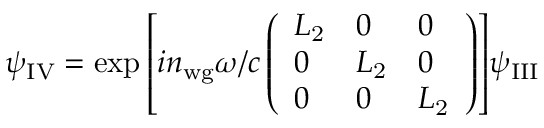
\psi _ { \mathrm { I V } } = \exp { \left[ i n _ { \mathrm { w g } } \omega / c \left( \begin{array} { l l l } { L _ { \mathrm { 2 } } } & { 0 } & { 0 } \\ { 0 } & { L _ { \mathrm { 2 } } } & { 0 } \\ { 0 } & { 0 } & { L _ { \mathrm { 2 } } } \end{array} \right) \right] } \psi _ { \mathrm { I I I } }